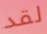
لقد